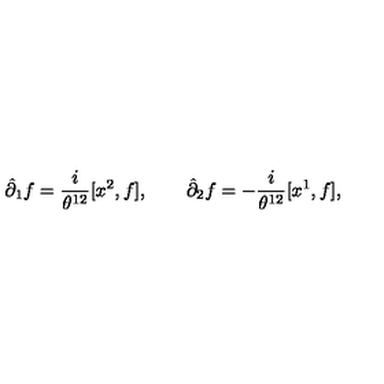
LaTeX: \hat { \partial } _ { 1 } f = { \frac { i } { \theta ^ { 1 2 } } } [ x ^ { 2 } , f ] , \qquad \hat { \partial } _ { 2 } f = - { \frac { i } { \theta ^ { 1 2 } } } [ x ^ { 1 } , f ] ,